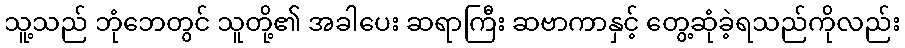
သူ့သည် ဘုံဘေတွင် သူတို့၏ အခါပေး ဆရာကြီး ဆဗာကာနှင့် တွေ့ဆုံခဲ့ရသည်ကိုလည်း